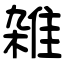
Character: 雑